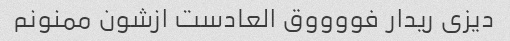
دیزی ریدار فووووق العادست ازشون ممنونم